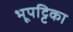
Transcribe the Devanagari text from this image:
भूपट्टिका